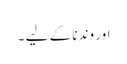
اور وندنا کے لیے ۔